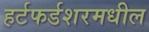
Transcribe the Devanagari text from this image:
हर्टफर्डशरमधील